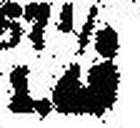
1.###